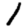
Digit: 1